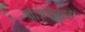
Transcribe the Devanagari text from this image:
आजारमुळे